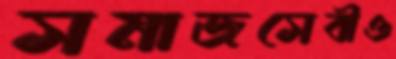
সমাজসেবীও